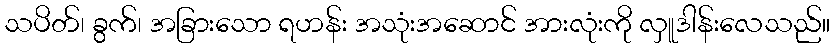
သပိတ်၊ ခွက်၊ အခြားသော ရဟန်း အသုံးအဆောင် အားလုံးကို လှူဒါန်းလေသည်။